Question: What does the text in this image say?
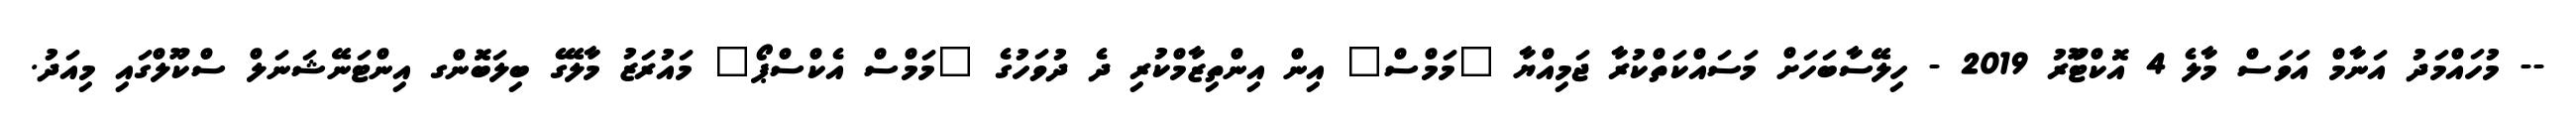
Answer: -- މުހައްމަދު އަނާމް އަވަސް މާލެ 4 އޮކްޓޫަރު 2019 - ހިލޭސާބަހަށް މަސައްކަތްކުރާ ޖަމިއްޔާ "މަމްސް" އިން އިންތިޒާމްކުރި ދެ ދުވަހުގެ "މަމްސް އެކްސްޕޯ" މައުރަޒު މާލޭގެ ބިލަބޮންގ އިންޓަނޭޝަނަލް ސްކޫލްގައި މިއަދު.